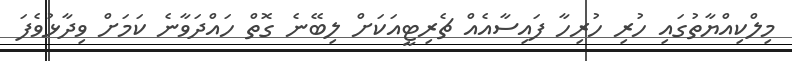
މިލްކިއްޔާތުގައި ހުރި ހުރިހާ ފައިސާއެއް ޗެރިޓީއަކަށް ލިބޭނެ ގޮތް ހައްދަވާނެ ކަމަށް ވިދާޅުވެފަ